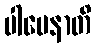
ပါပေနာတိ